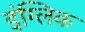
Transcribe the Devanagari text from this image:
इंग्लिक